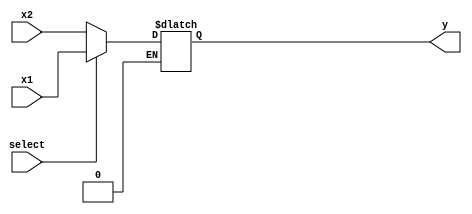
/*
    Wang Nengzhi
    U201713082
    SES1701
*/

module mux_8
(
    input       [7:0] x1,       // input signal 1
    input       [7:0] x2,       // input signal 2
    input       select,     // data select
    output reg  [7:0] y     // output
);

    always @(*)
    begin
        if (select == 1'b1)
            y = x1;
        else if (select == 1'b0)
            y = x2;
    end

endmodule